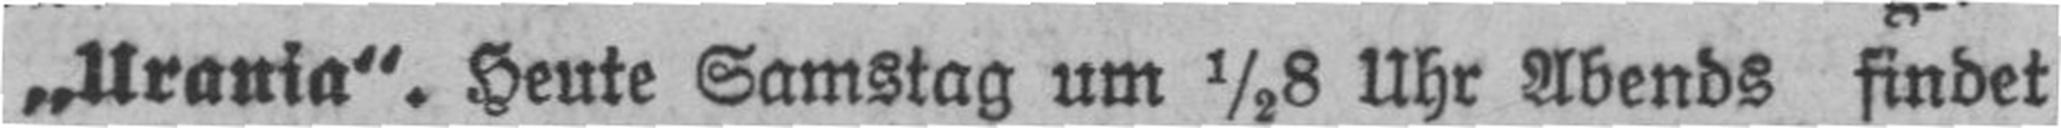
„Urania“. Heute Samstag um ½8 Uhr Abends findet